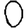
Digit: 0